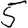
Digit: 5